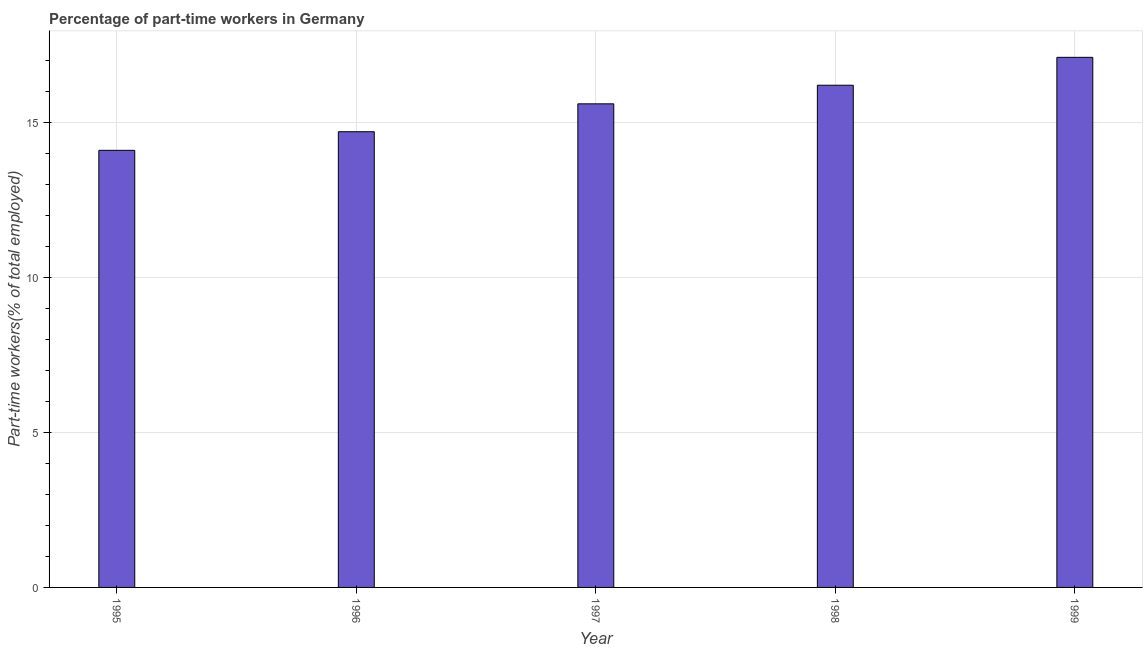
| Year | Part time employment |
 | --- | --- |
 | 1995 | 14.1 |
 | 1996 | 14.7 |
 | 1997 | 15.6 |
 | 1998 | 16.2 |
 | 1999 | 17.1 |